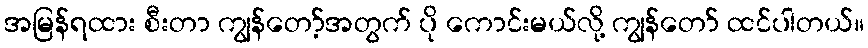
အမြန်ရထား စီးတာ ကျွန်တော့်အတွက် ပို ကောင်းမယ်လို့ ကျွန်တော် ထင်ပါတယ်။